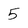
Character: 5